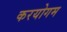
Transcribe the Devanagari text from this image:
करयोगम